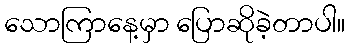
သောကြာနေ့မှာ ပြောဆိုခဲ့တာပါ။